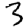
Digit: 3